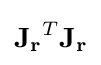
\mathbf {J_{r}} ^{T}\mathbf {J_{r}}